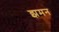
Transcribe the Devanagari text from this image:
झमन